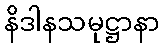
နိဒါနသမုဋ္ဌာနာ